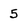
Character: 5